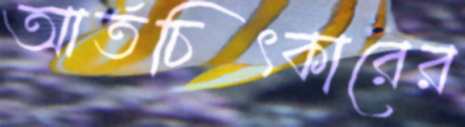
আর্তচিৎকারের